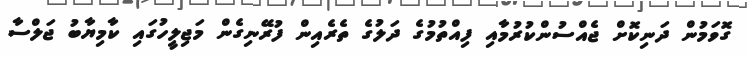
ގޮވަމުން ދަނިކޮށް ޖެއްސުންކުރުމާއި ފިއްތުމުގެ ދަލުގެ ތެރެއިން ފުރޭނިގެން މަޖިލީހުގައި ކާމިޔާބު ޖަލްސާ